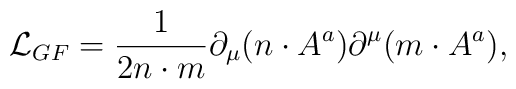
{\cal L}_{GF}=\frac{1}{2n\cdot m} \partial_\mu(n\cdot  A^a)\partial^\mu(m\cdot A^a),